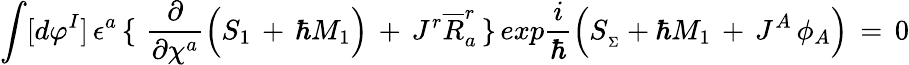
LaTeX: \int[d\varphi^{I}]\, \epsilon^{a}\, \lbrace\, \, {\frac{\partial}{\partial\chi^{a}}}\Big(S_{1}\, +\, \hbar M_{1}\Big)\, +\, J^{r}{\overline{{R}}}_{a}^{r}\, \rbrace\, exp{\frac{i}{\hbar}}\Big(S_{_\Sigma}+\hbar M_{1}\, +\, J^{A}\, \phi_{A}\Big)\, =\, 0